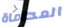
المحاماة